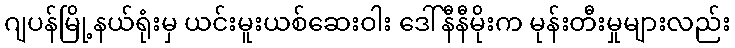
ဂျပန်မြို့နယ်ရုံးမှ ယင်းမူးယစ်ဆေးဝါး ဒေါ်နီနီမိုးက မုန်းတီးမှုများလည်း